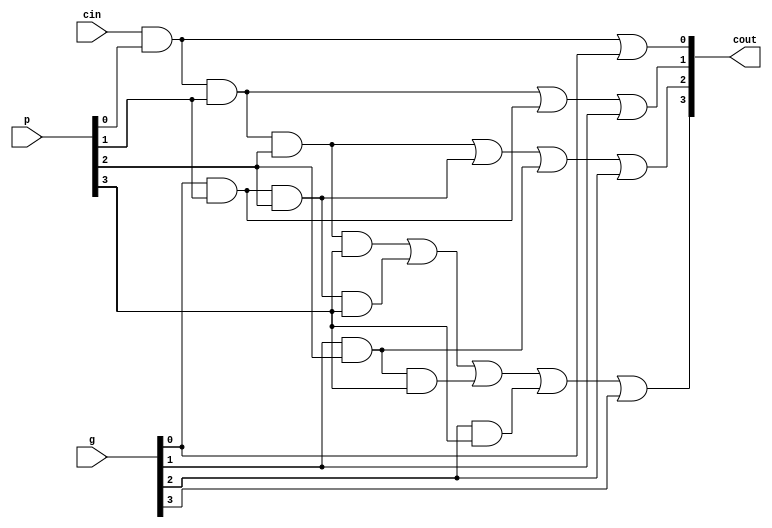
`timescale 1ns / 1ps

module Carry_Logic(p, g, cin, cout);

input [3:0] p;
input [3:0] g;
input cin;
output [3:0] cout;

assign cout[0]= (cin&p[0])|g[0];
assign cout[1]= (cin&p[0]&p[1])|(g[0]&p[1])|g[1];
assign cout[2]= (cin&p[0]&p[1]&p[2])|(g[0]&p[1]&p[2])|(g[1]&p[2])|g[2];
assign cout[3]= (cin&p[0]&p[1]&p[2]&p[3])|(g[0]&p[1]&p[2]&p[3])|(g[1]&p[2]&p[3])|(g[2]&p[3])|g[3];

endmodule